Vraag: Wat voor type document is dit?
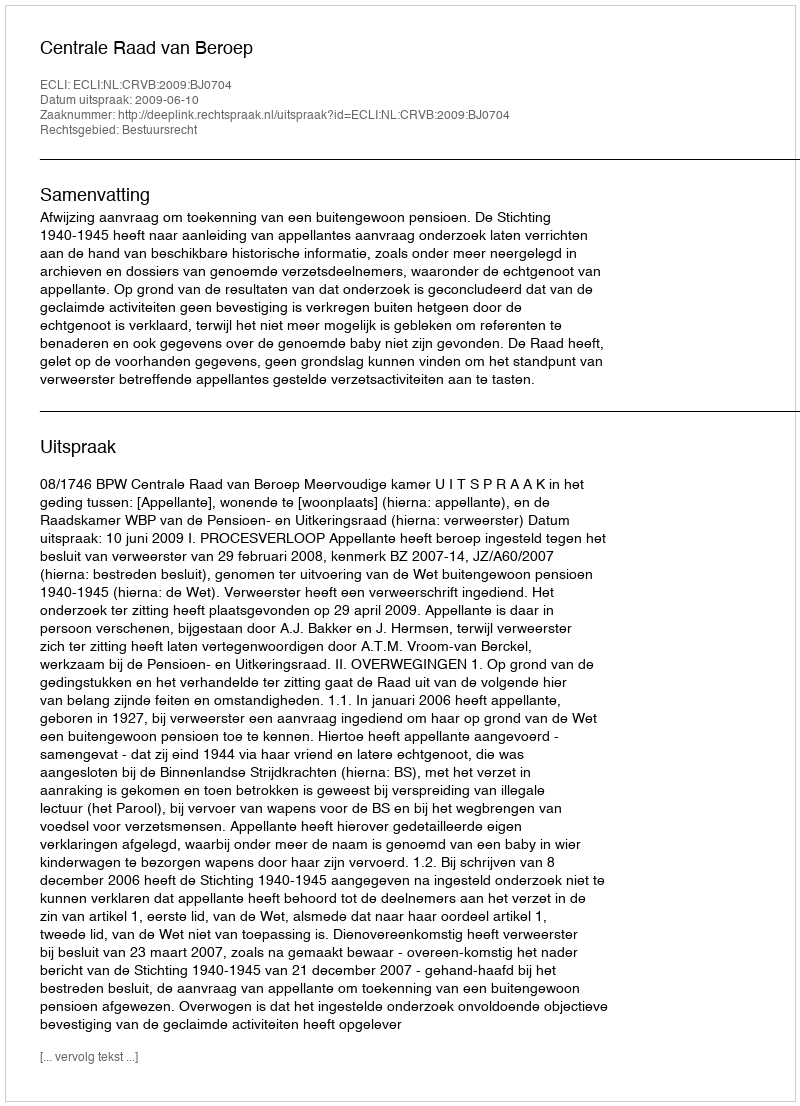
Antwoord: Uitspraak